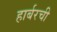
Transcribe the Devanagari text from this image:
हार्बरची